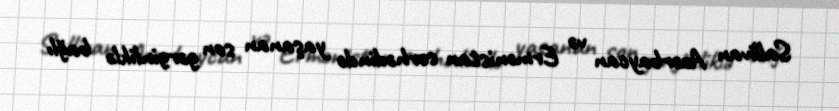
Sallivan Azərbaycan və Ermənistan sərhədində yaşanan son gərginliklə bağlı